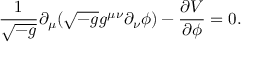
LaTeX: \frac { 1 } { \sqrt { - g } } \partial _ { \mu } ( \sqrt { - g } g ^ { \mu \nu } \partial _ { \nu } \phi ) - \frac { \partial V } { \partial \phi } = 0 .